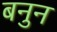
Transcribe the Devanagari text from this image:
बनुन